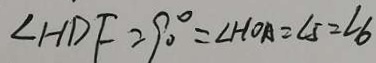
\angle H D F = 9 0 ^ { \circ } = \angle H O A = \angle 5 = \angle 6